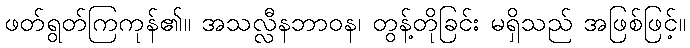
ဖတ်ရွတ်ကြကုန်၏။ အသလ္လီနဘာဝန၊ တွန့်တိုခြင်း မရှိသည် အဖြစ်ဖြင့်။